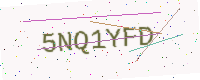
Text: 5NQ1YFD